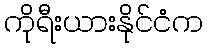
ကိုရီးယားနိုင်ငံက